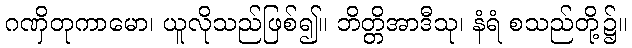
ဂဏှိတုကာမော၊ ယူလိုသည်ဖြစ်၍။ ဘိတ္တိအာဒီသု၊ နံရံ စသည်တို့၌။